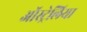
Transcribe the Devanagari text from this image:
ऑस्ट्र्रेलिया